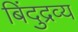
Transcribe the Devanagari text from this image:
बिंदुद्रव्य